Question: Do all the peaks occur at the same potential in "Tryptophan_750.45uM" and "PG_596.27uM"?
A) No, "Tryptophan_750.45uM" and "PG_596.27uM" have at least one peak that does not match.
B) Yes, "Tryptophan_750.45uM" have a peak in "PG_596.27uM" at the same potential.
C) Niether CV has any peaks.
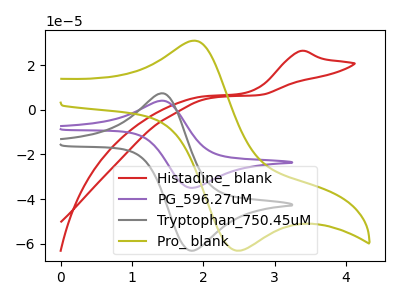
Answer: <think>The red curve "Histadine_ blank" has an anodic peak at: (3.35V, 26.40uA). The purple curve "PG_596.27uM" has an anodic peak at (1.45V, 4.10uA) and a cathodic peak at (1.85V, -35.00uA). The gray curve "Tryptophan_750.45uM" has an anodic peak at (1.45V, 7.40uA) and a cathodic peak at (1.85V, -63.20uA). The olive curve "Pro_ blank" has an anodic peak at (1.85V, 31.00uA) and a cathodic peak at (2.50V, -63.10uA).</think>
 <answer>B) Yes, "Tryptophan_750.45uM" have a peak in "PG_596.27uM" at the same potential.</answer>
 <eval>B</eval>